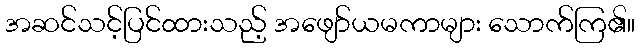
အဆင်သင့်ပြင်ထားသည့် အဖျော်ယမကာများ သောက်ကြ၏။